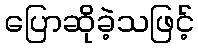
ပြောဆိုခဲ့သဖြင့်